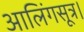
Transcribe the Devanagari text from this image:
आलिंगसूत्र।